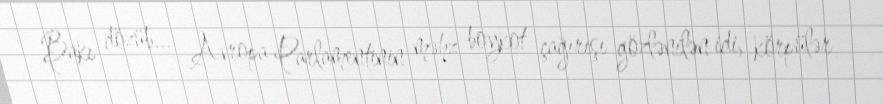
Bakı dözüb... Avropa Parlamentinin məhz boykot çağırışı gözlənilən idi, körpülər